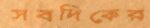
সবদিকের